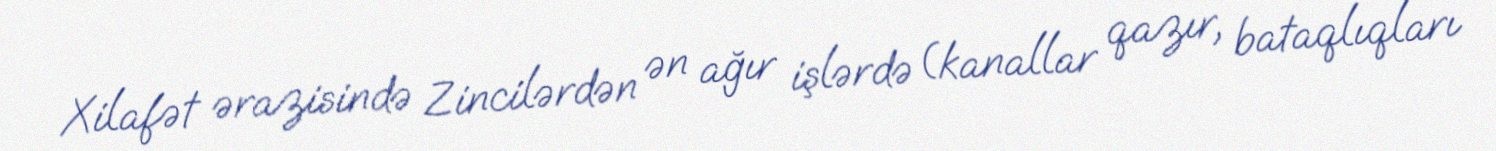
Xilafət ərazisində Zincilərdən ən ağır işlərdə (kanallar qazır, bataqlıqları